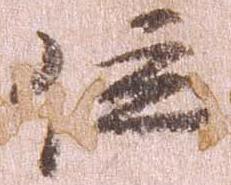
位